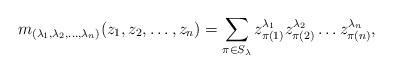
LaTeX: \begin{align*} m_{(\lambda_1, \lambda_2, \ldots, \lambda_n)}(z_1, z_2, \ldots, z_n) = \sum_{\pi \in S_{\lambda}} z_{\pi(1)}^{\lambda_1} z_{\pi(2)}^{\lambda_2} \ldots z_{\pi(n)}^{\lambda_n},\end{align*}